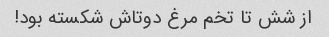
از شش تا تخم مرغ دوتاش شکسته بود!